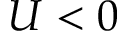
U < 0